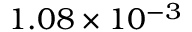
1 . 0 8 \times 1 0 ^ { - 3 }